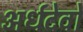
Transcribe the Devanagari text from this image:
अर्धदेवों